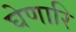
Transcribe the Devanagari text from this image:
घेणारि